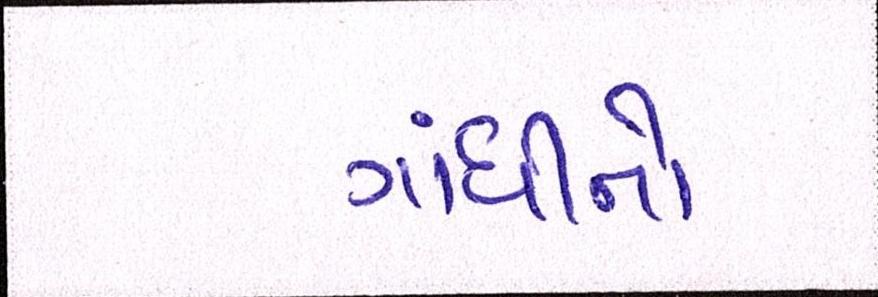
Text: ગાંધીનો